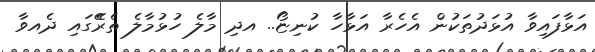
އަޅާފައިވާ އުޅަދުތަކުން އެހެރާ އަޅާހާ ކުނިޏޯ.. އދި މާލެ ހުޅުމާލެ ތެރެޭގައި ދެއވާ